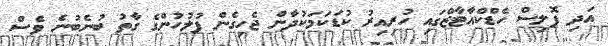
އަދި ޕޮލިސް ހެޑްކްއާޓާޒްގައި ހުރިއިރު ކުޑަކަމަކުދާން ޖެހިގެން ފުލުހުންގެ ގާތު ބުނެބުނެ ވެސް